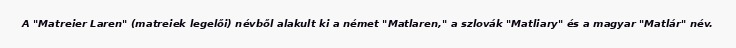
A "Matreier Laren" (matreiek legelői) névből alakult ki a német "Matlaren," a szlovák "Matliary" és a magyar "Matlár" név.